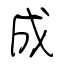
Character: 成